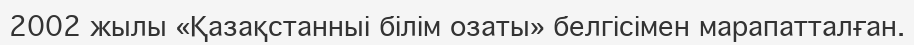
2002 жылы «Қазақстанныі білім озаты» белгісімен марапатталған.